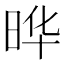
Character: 晔